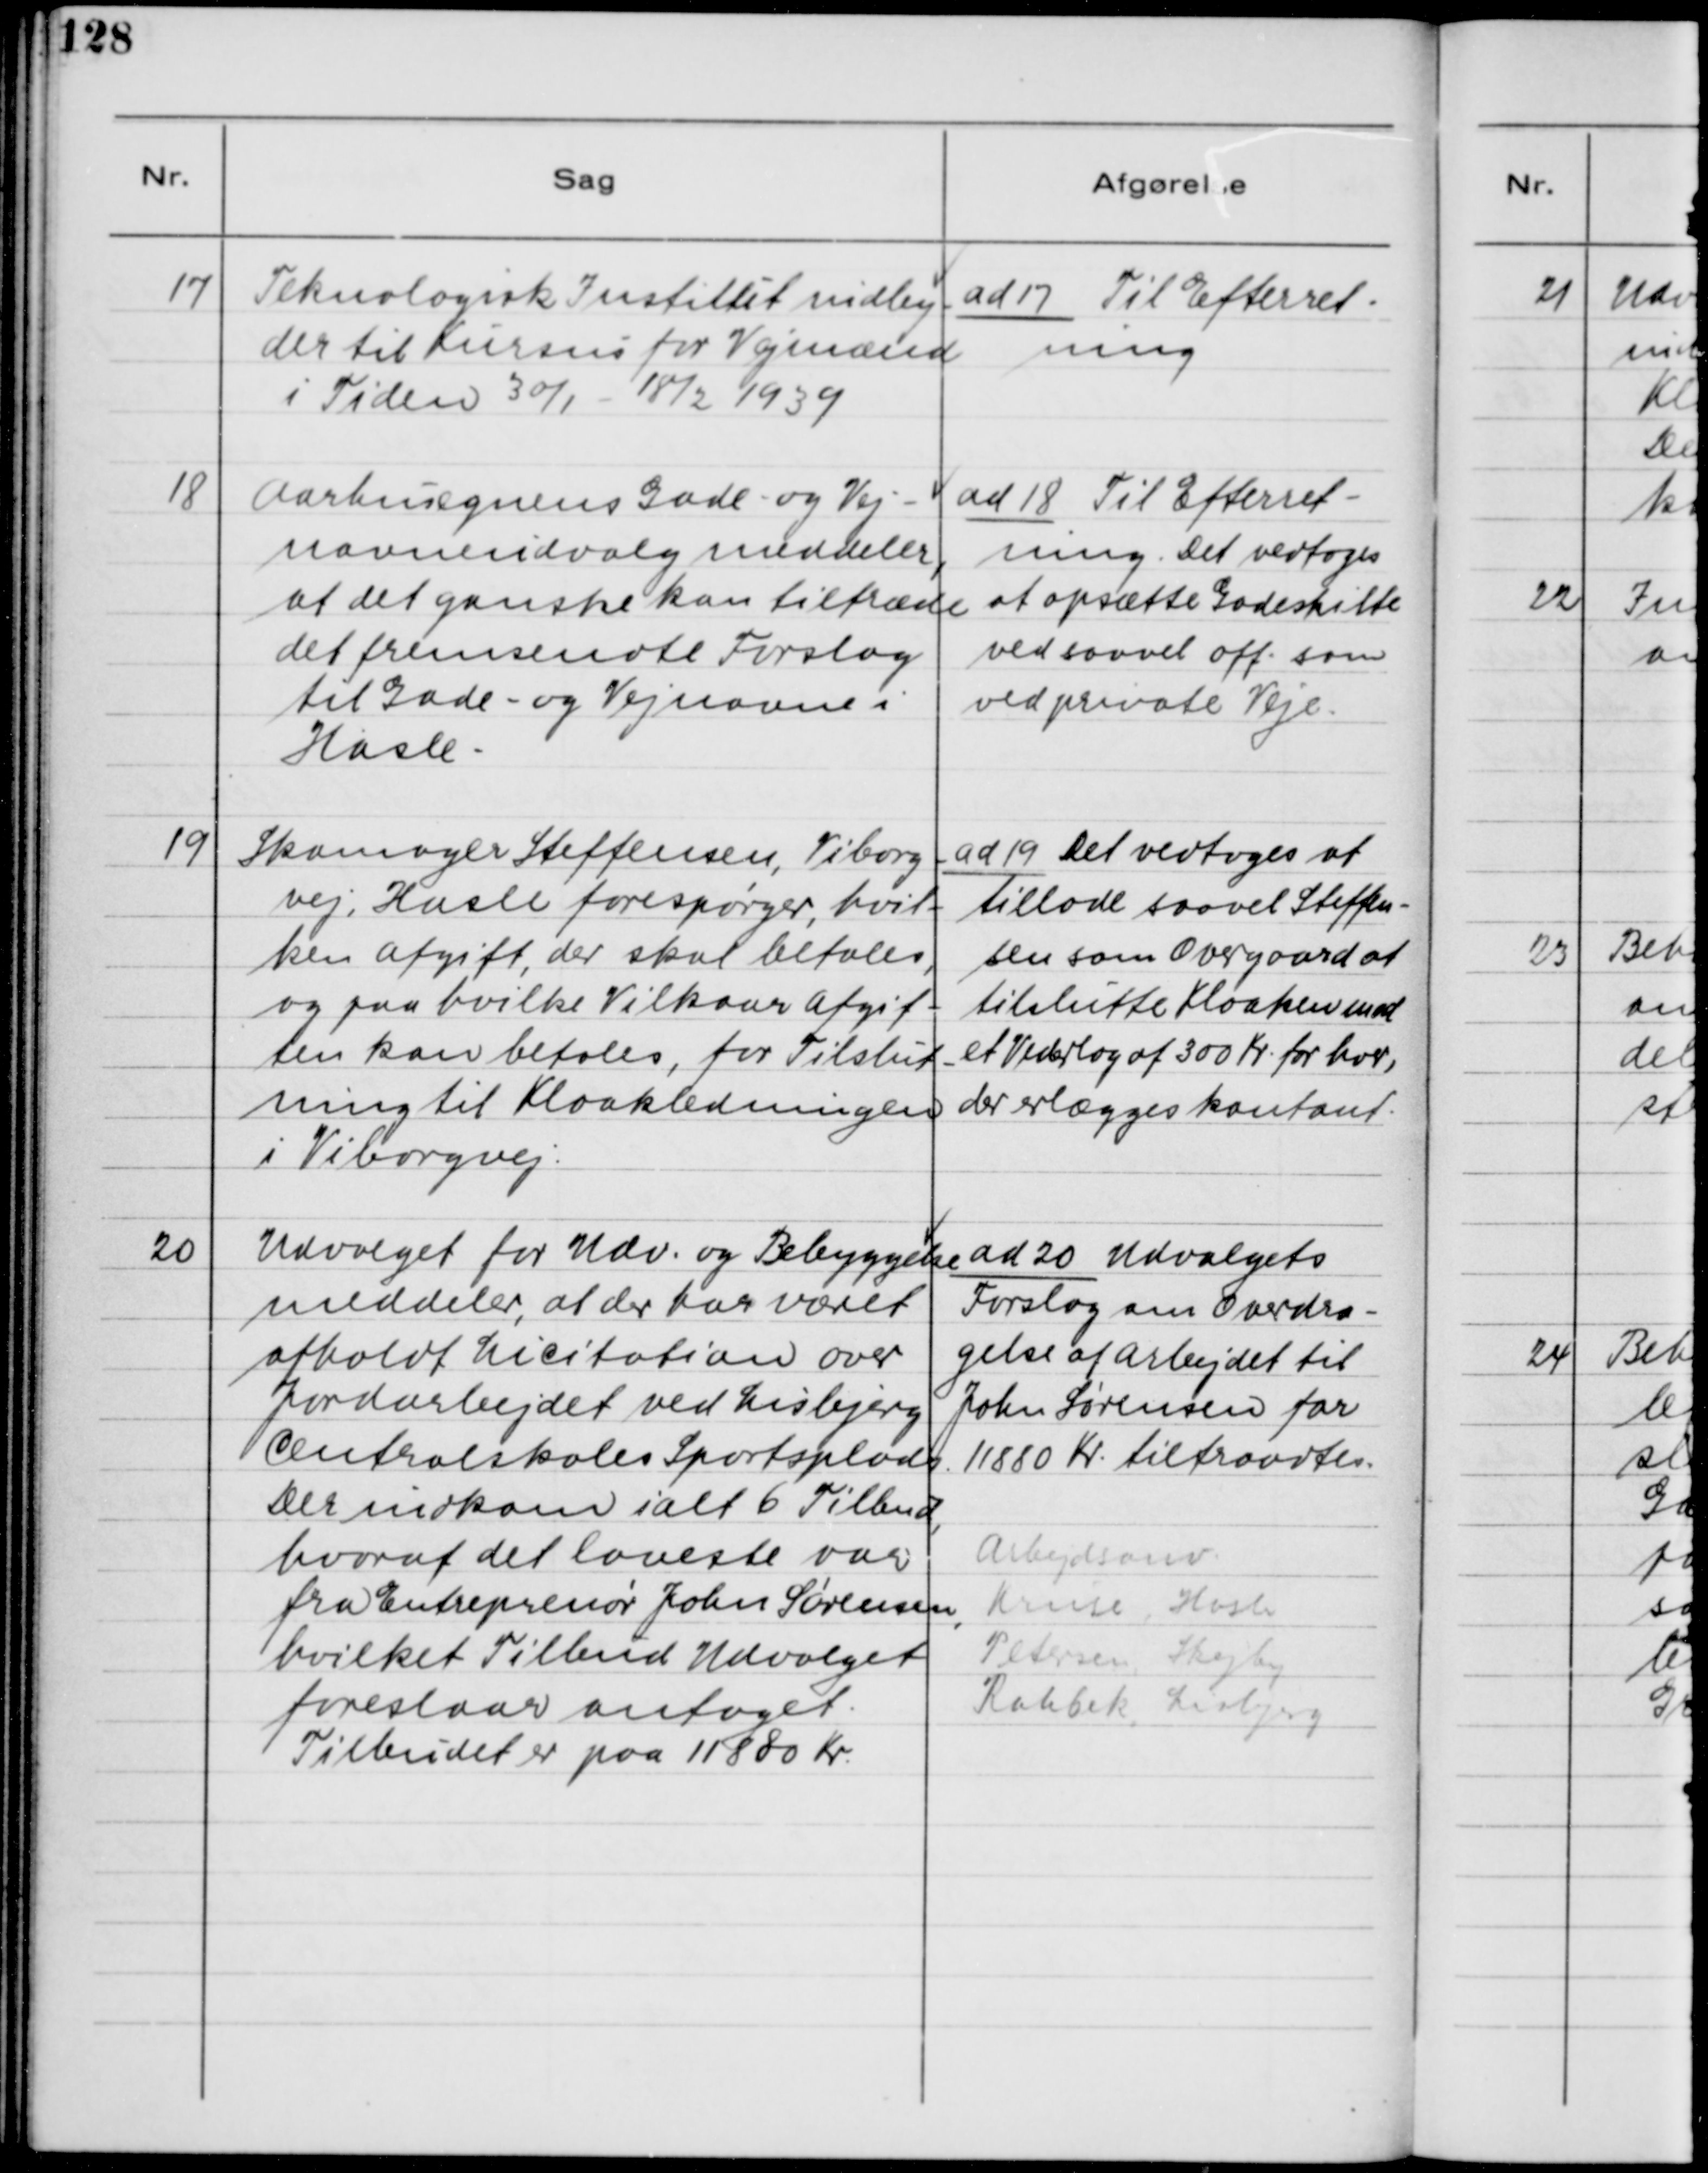
Transskription:
17. Teknologisk Institut indby-
der til Kursus for Vejmænd
i Tiden 30/1 - 18/2 1939

ad 17. Til Efterret-
ning

18. Aarhusegnens Gade- og Vej-
navneudvalg meddeler,
at det ganske kan tiltræde
det fremsendte Forslag
til Gade- og Vejnavne i
Hasle.

ad 18. Til Efterret-
ning. Det vedtoges
at opsætte Gadeskilte
ved saavel off. som
ved private Veje.

19. Skomager Steffensen, Viborg-
vej, Hasle forespørger, hvil-
ken Afgift, der skal betales,
og paa hvilke Vilkaar Afgif-
ten kan betales, for Tilslut-
ning til Kloakledningen
i Viborgvej.

ad 19. Det vedtoges at
tillade saavel Steffen-
sen som Overgaard at
tilslutte Kloaken mod
et Vederlag af 300 Kr. for hver,
der erlægges kontant.

20. Udvalget for Udv. og Bebyggelse
meddeler, at der har været
afholdt Licitation over
Jordarealet ved Lisbjerg
Centralskoles Sportsplads.
Der indkom ialt 6 Tilbud,
hvoraf det laveste var
fra Entreprenør John Sørensen,
hvilket Tilbud Udvalget
foreslaar antaget.
Tilbudet er paa 11880 Kr.

ad 20. Udvalgets
Forslag om Overdra-
gelse af Arbejdet til
John Sørensen for
11880 Kr. tiltrædes.
Arbejdsanv:
Kruse, Hasle
Petersen, Skejby
Rahbek, Lisbjerg